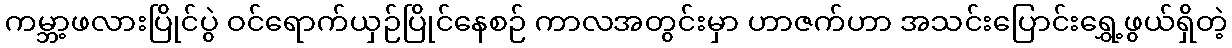
ကမ္ဘာ့ဖလားပြိုင်ပွဲ ဝင်ရောက်ယှဉ်ပြိုင်နေစဉ် ကာလအတွင်းမှာ ဟာဇက်ဟာ အသင်းပြောင်းရွှေ့ဖွယ်ရှိတဲ့